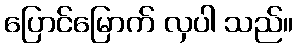
ပြောင်မြောက် လှပါ သည်။